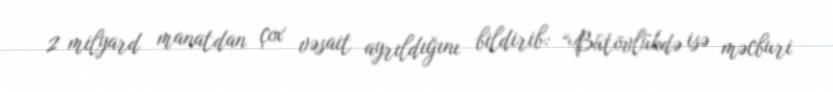
2 milyard manatdan çox vəsait ayrıldığını bildirib: “Bütövlükdə isə məcburi